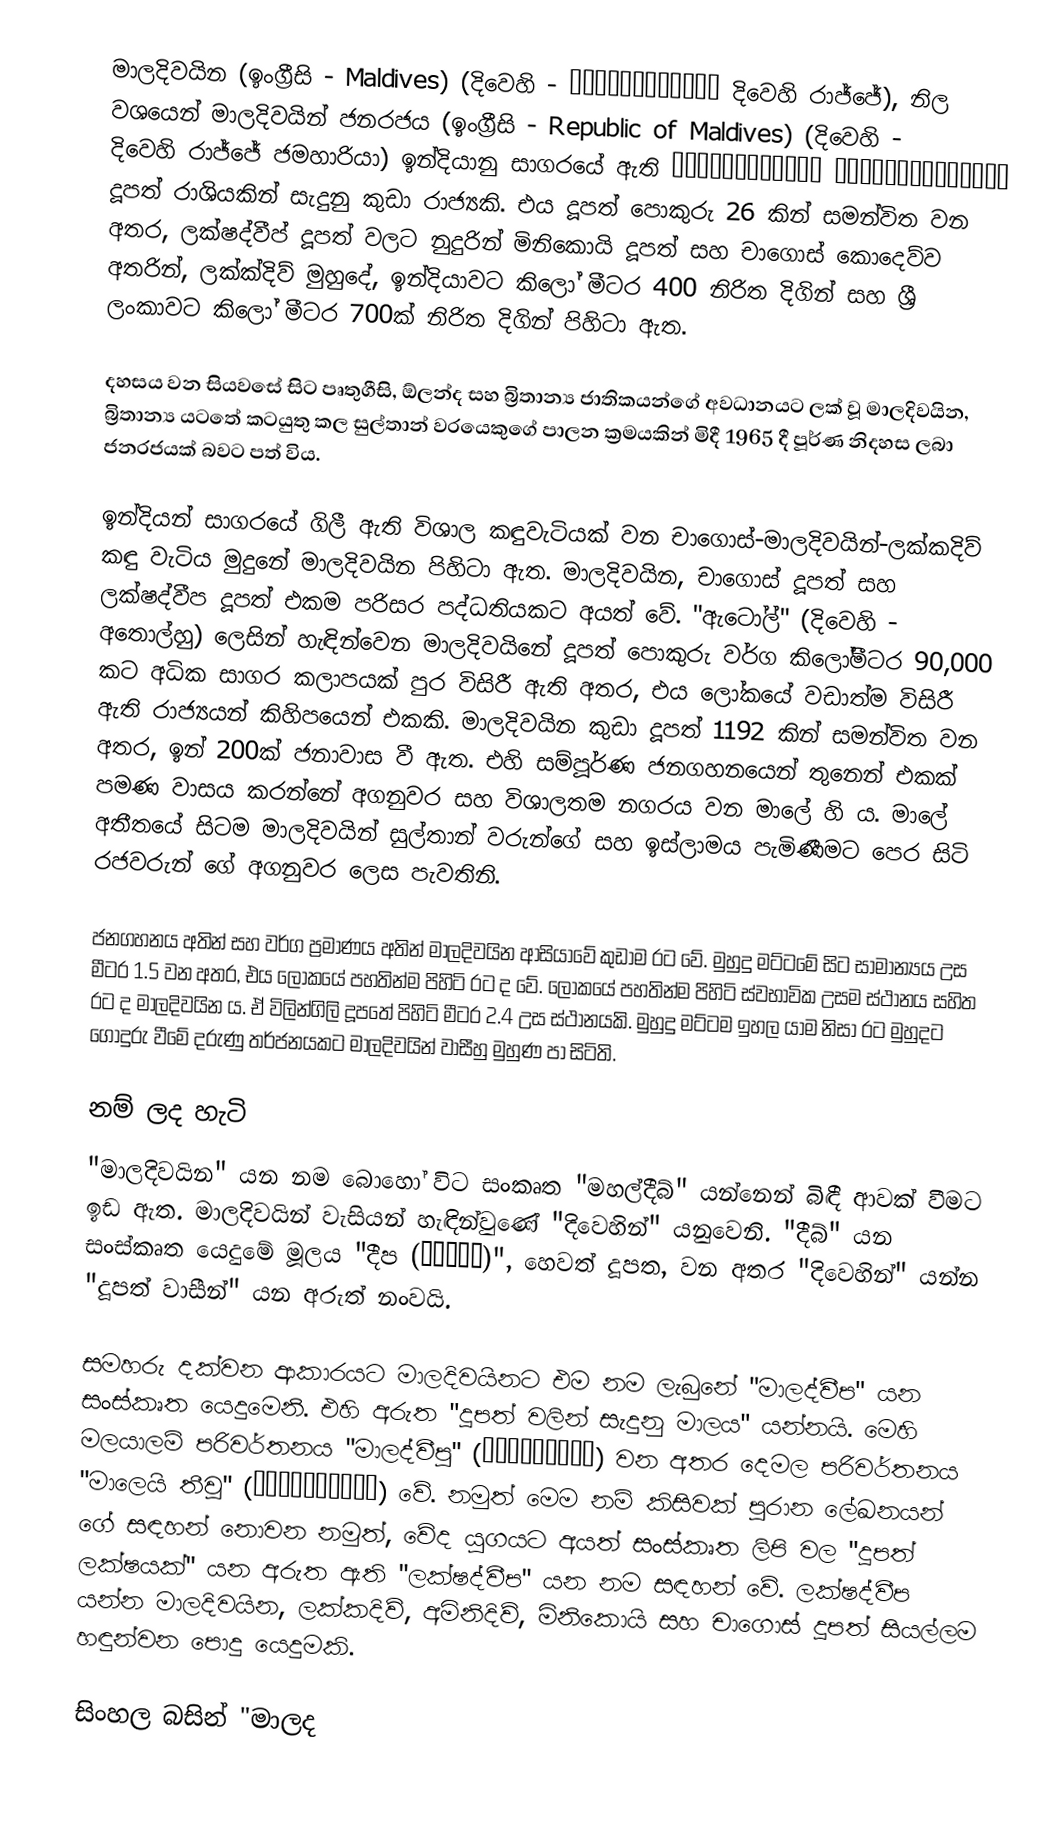
මාලදිවයින (ඉංග්‍රීසි - Maldives) (දිවෙහි - ދިވެހިރާއްޖެ දිවෙහි රාජ්ජේ), නිල වශයෙන් මාලදිවයින් ජනරජය (ඉංග්‍රීසි - Republic of  Maldives) (දිවෙහි - ދިވެހިރާއްޖޭގެ ޖުމްހޫރިއްޔާ දිවෙහි රාජ්ජේ ජමහාරියා) ඉන්දියානු සාගරයේ ඇති දූපත් රාශියකින් සැදුනු කුඩා රාජ්‍යකි. එය දූපත් පොකුරු 26 කින් සමන්විත වන අතර, ලක්ෂද්වීප් දූපත් වලට නුදුරින් මිනිකොයි දූපත් සහ චාගොස් කොදෙව්ව අතරින්, ලක්ක්දිව් මුහුදේ, ඉන්දියාවට කිලෝ මීටර 400 නිරිත දිගින් සහ ශ්‍රී ලංකාවට කිලෝ මීටර 700ක් නිරිත දිගින් පිහිටා ඇත.

දහසය වන සියවසේ සිට පෘතුගීසි, ඕලන්ද සහ බ්‍රිතාන්‍ය ජාතිකයන්ගේ අවධානයට ලක් වූ මාලදිවයින, බ්‍රිතාන්‍ය යටතේ කටයුතු කල සුල්තාන් වරයෙකුගේ පාලන ක්‍රමයකින් මිදී 1965 දී පූර්ණ නිදහස ලබා ජනරජයක් බවට පත් විය.

ඉන්දියන් සාගරයේ ගිලී ඇති විශාල කඳුවැටියක් වන චාගොස්-මාලදිවයින්-ලක්කදිව් කඳු වැටිය මුදුනේ මාලදිවයින පිහිටා ඇත. මාලදිවයින, චාගොස් දූපත් සහ ලක්ෂද්වීප දූපත් එකම පරිසර පද්ධතියකට අයත් වේ. "ඇටෝල්" (දිවෙහි - අතොල්හු) ලෙසින් හැඳින්වෙන මාලදිවයිනේ දූපත් පොකුරු වර්ග කිලෝමීටර 90,000 කට අධික සාගර කලාපයක් පුර විසිරී ඇති අතර, එය ලෝකයේ වඩාත්ම විසිරී ඇති රාජ්‍යයන් කිහිපයෙන් එකකි. මාලදිවයින කුඩා දූපත් 1192 කින් සමන්විත වන අතර, ඉන් 200ක් ජනාවාස වී ඇත. එහි සම්පූර්ණ ජනගහනයෙන් තුනෙන් එකක් පමණ වාසය කරන්නේ අගනුවර සහ විශාලතම නගරය වන මාලේ හි ය. මාලේ අතීතයේ සිටම මාලදිවයින් සුල්තාන් වරුන්ගේ සහ ඉස්ලාමය පැමිණීමට පෙර සිටි රජවරුන් ගේ අගනුවර ලෙස පැවතිනි.

ජනගහනය අතින් සහ වර්ග ප්‍රමාණය අතින් මාලදිවයින ආසියාවේ කුඩාම රට වේ. මුහුදු මට්ටමේ සිට සාමාන්‍යය උස මීටර 1.5 වන අතර, එය ලෝකයේ පහතින්ම පිහිටි රට ද වේ. ලෝකයේ පහතින්ම පිහිටි ස්වභාවික උසම ස්ථානය සහිත රට ද මාලදිවයින ය. ඒ විලින්ගිලි දූපතේ පිහිටි මීටර 2.4 උස ස්ථානයකි. මුහුදු මට්ටම ඉහල යාම නිසා රට මුහුදට ගොදුරු වීමේ දරුණු තර්ජනයකට මාලදිවයින් වාසීහු මුහුණ පා සිටිති.

නම් ලද හැටි
"මාලදිවයින" යන නම බොහෝ විට සංකෘත "මහල්දීබ්" යන්නෙන් බිඳී ආවක් වීමට ඉඩ ඇත. මාලදිවයින් වැසියන් හැඳින්වුණේ "දිවෙහින්" යනුවෙනි. "දීබ්" යන සංස්කෘත යෙදුමේ මූලය "දීප (द्वीप)", හෙවත් දූපත, වන අතර "දිවෙහින්" යන්න "දූපත් වාසීන්" යන අරුත් නංවයි.

සමහරු දක්වන ආකාරයට මාලදිවයිනට එම නම ලැබුනේ "මාලද්වීප" යන සංස්කෘත යෙදුමෙනි. එහි අරුත "දූපත් වලින් සැදුනු මාලය" යන්නයි. මෙහි මලයාලම් පරිවර්තනය "මාලද්වීපු" (മാലദ്വീപ്) වන අතර දෙමල පරිවර්තනය "මාලෙයි තීවූ" (மாலைத்தீவு) වේ. නමුත් මෙම නම් කිසිවක් පුරාන ලේඛනයන් ගේ සඳහන් නොවන නමුත්, වේද යුගයට අයත් සංස්කෘත ලිපි වල "දූපත් ලක්ෂයක්" යන අරුත ඇති "ලක්ෂද්වීප" යන නම සඳහන් වේ. ලක්ෂද්වීප යන්න මාලදිවයින, ලක්කදිව්, අමිනිදිව්, මිනිකොයි සහ චාගොස් දූපත් සියල්ලම හඳුන්වන පොදු යෙදුමකි.

සිංහල බසින් "මාලද